Vital statistics of India. Vol. IV, Annual returns from 1871 to 1876. British Army of India, Native Army and jails of Bengal
Year: 1871
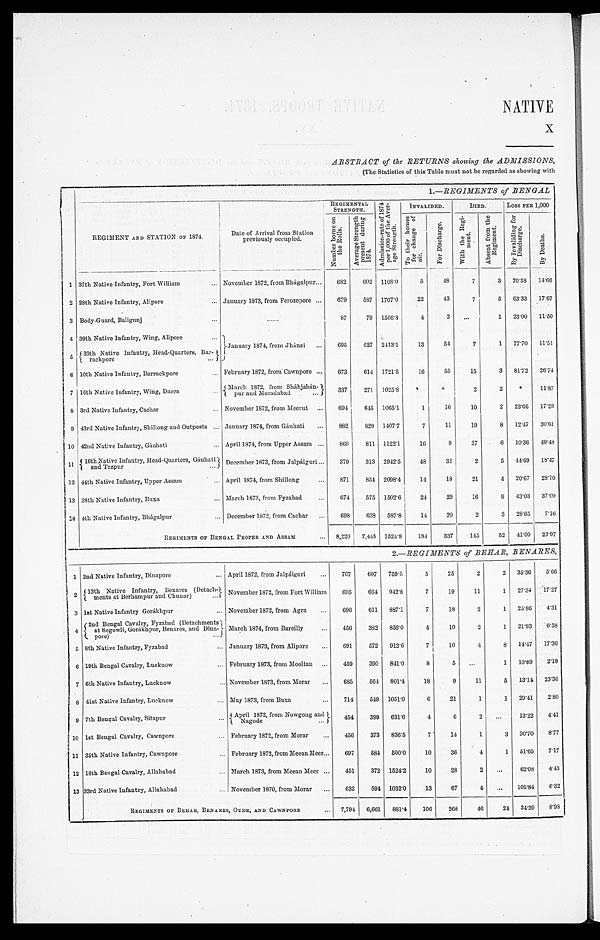
NATIVE
X
ABSTRACT of the RETURNS showing the ADMISSIONS,
(The Statistics of this Table must not be regarded as showing with
1.—REGIMENTS of BENGAL
REGIMENT AND STATION OF 1874.
Date of Arrival from Station
previously occupied.
REGIMENTAL STRENGTH.
A d m i s s i o n - r a t e o f 1 8 7 4
p e r 1 , 0 0 0 o f t h e A v e r -
a g e S t r e n g t h .
INVALIDED.
DIED. LOSS PER 1, 000
N u m b e r b o r n e o n
t h e R o l l s . A v e r a g e S t r e n g t h
p r e s e n t d u r i n g
1 8 7 4 .
T o t h e i r h o m e s
f o r c h a n g e o f
ai r.
F o r D i s c h a r g e . W i t h t h e R e g i -
m e n t .
A b s e n t f r o m t h e
R e g i m e n t .
B y I n v a l i d i n g f o r
D i s c h a r g e .
B y D e a t h s .
1 37th Native Infantry, Fort William
November 1872, from Bhágalpur 682 602 1108.0 5 48
7
3 70.38 14.66
2 28th Native Infantry, Alipore
January 1873, from Ferozepore
679 587 1707.0 22 43
7
5 63.33 17.67
3 Body-Guard, Baligunj
87 79 1506.3
4
2
1 23.00 11.50
4 39th Native Infantry, Wing, Alipore
January 1874, from Jhánsi
695 627 2413.1 13 54
7
1 77.70 11.51
5 39th Native Infantry, Head-Quarters, Bar-
rackpore
6 10th Native Infantry, Barrackpore
February 1872, from Cawnpore
673 614 1721.5 16 55 15
3 81.72 26.74
7 16th Native Infantry, Wing, Dacca
March 1872, from Sháhjahán-
pur and Moradabad 337 271 1025.8
2
2
11.87
8 3rd Native Infantry, Cachar
November 1872, from Meerut
694 645 1065.1
1 16 10
2 23.05 17.29
9 43rd Native Infantry, Shillong and Outposts January 1874, from Gáuhati
882 829 1407.7
7 11 19
8 12.47 30.61
10 42nd Native Infantry, Gáuhati
April 1874, from Upper Assam
869 811 1122.1 16
9 37
6 10.36 49.48
1 1 16th Native Infantry, Head-Quarters, Gáuhati
and Tezpur
December 1873, from Jalpáiguri 379 313 2942.5 48 32
2
5 44.69 18.47
12 44th Native Infantry, Upper Assam
April 1874, from Shillong
871 854 2098.4 14 18 21
4 20.67 28.70
13 38th Native Infantry, Buxa March 1873, from Fyzabad
674 575 1502.6 24 29 16
9 43.03 37.09
14 4th Native Infantry, Bhâgalpur
December 1872, from Cachar 698 638 587.8 14 20
2
3 28.65 7.16
REGIMENTS OF BENGAL PROPER AND ASSAM
8,220 7,445 1524.8 184 337 145 52 41.00 23.97
2.—REGIMENTS of BEHAR, BENARES,
1 2nd Native Infantry, Dinapore
April 1872, from Jalpâiguri 707 607 759.5
5 25
2
2 35.36 5. 66
2 13th Native Infantry, Benares (Detach-
ments at Berhampur and Chunar) November 1872, from Fort William 695 664 942.8
7 19 11
1 27.34 17. 27
3 1st Native Infantry Gorákhpur
November 1872, from Agra
696 611 887.1
7 18
2
1 25.86 4. 31
4
2 n d B e n g a l C a v a l r y , F y z a b a d ( D e t a c h m e n t s
a t S e g o w l i , G o r á k h p u r , B e n a r e s , a n d D i n a -
pore)
March 1874, from Bareilly
456 382 856.0
4 10
2
1 21.93 6. 58
5 8th Native Infantry, Fyzabad
January 1873, from Alipore
691 572 912.6
7 10
4
8 14.47 17. 36
6 19th Bengal Cavalry, Lucknow
February 1873, from Mooltan
459 390 841.0
8
5
1 10.89 2. 18
7 6th Native Infantry, Lucknow
November 1873, from Morar
685 564 801.4 18
9 11
5 13.14 23. 36
8 41st Native Infantry, Lucknow
May 1873, from Buxa
714 549 1051.0 6 21
1
1 29.41 2. 80
9 7th Bengal Cavalry, Sitapur
April 1872, from Nowgong and
Nagode
454 399 631.6
4
6
2
13.22 4. 41
10 1st Bengal Cavalry, Cawnpore
February 1872, from Morar
456 373 836.5
7 14
1
3 30.70 8. 77
11 35th Native Infantry, Cawnpore
February 1872, from Meean Meer
697 584 500.0 10 36
4
1 51.65 7. 17
1 2 18th Bengal Cavalry, Allahabad March 1873, from Meean Meer
451 372 1524.2 10 28
2
62.08 4. 43
13 33rd Native Infantry, Allahabad
November 1870, from Morar
633 594 1032.0 13 67
4
105.84 6. 32
REGIMENTS OF BEHAR, BENARES, OUDE, AND CAWNPORE
7,794 6,661 881.4 106 268 46 24 34.39 8. 98